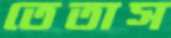
তেতাস